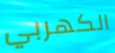
الكهربي